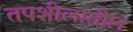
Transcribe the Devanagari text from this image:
तपशीलातील